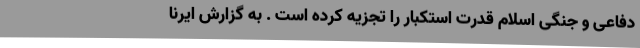
دفاعی و جنگی اسلام قدرت استکبار را تجزیه کرده است . به گزارش ایرنا